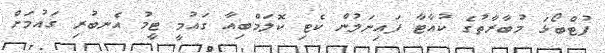
ފުޓްބޯޅަ މުބާރާތުގެ ކުއާޓާ ފައިނަލުން ކެޓި ކޮލަމްބިއާ ގައުމީ ޓީމު އެނބުރި ގައުމަށް